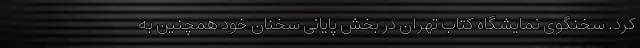
کرد. سخنگوی نمایشگاه کتاب تهران در بخش پایانی سخنان خود همچنین به